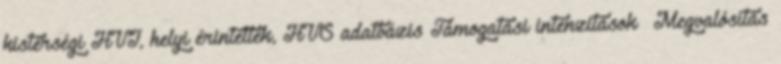
kistérségi HVI, helyi érintettek, HVS adatbázis Támogatási intenzitások ▪Megvalósítás